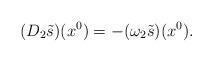
LaTeX: \begin{align*}(D_2{\tilde s})(x^0) = - (\omega_2{\tilde s})(x^0).\end{align*}